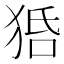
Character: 𤞳